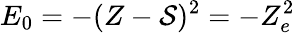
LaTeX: E_{0}=-(Z-\mathcal{S})^{2}=-Z_{e}^{2}